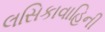
લસિકાવાહિની